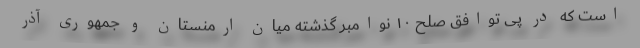
است که در پی توافق صلح ۱۰ نوامبر گذشته میان ارمنستان و جمهوری آذر